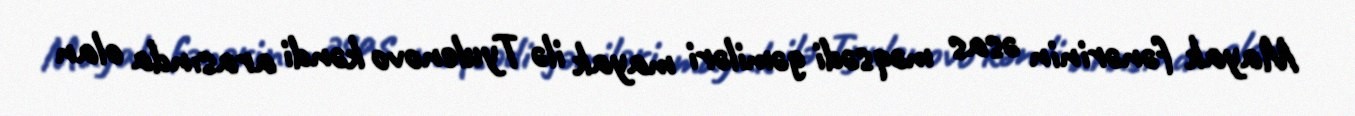
Mayak fənərinin əsas məqsədi gəmiləri mayak ilə Tyulenovo kəndi arasında olan